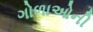
ગોળાઓની